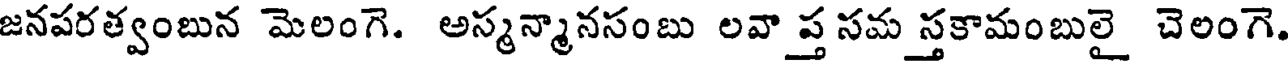
జనపరత్వంబున మెలంగె. అస్మన్మానసంబు లవా ప్త సమ స్తకామంబులై చెలంగె.